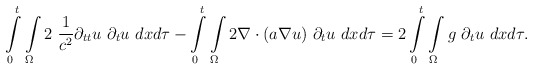
\begin{align*}\int \limits_{0}^{t}\int\limits_{\Omega} 2~\frac{1}{c^2}\partial_{tt} u ~\partial_t u~ dxd\tau - \int \limits_{0}^{t}\int\limits_{\Omega} 2 \nabla \cdot (a \nabla u)~\partial_t u~ dxd\tau =2\int\limits_{0}^{t}\int\limits_{\Omega} g~\partial_t u~dxd\tau.\end{align*}